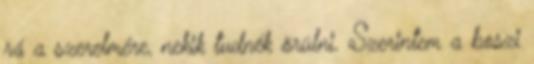
rá a szerelmére, nekik tudnék örülni. Szerintem a boszi